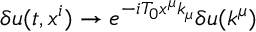
\delta u ( t , x ^ { i } ) \to e ^ { - i T _ { 0 } x ^ { \mu } k _ { \mu } } \delta u ( k ^ { \mu } )